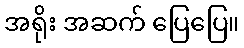
အရိုး အဆက် ပြေပြေ။